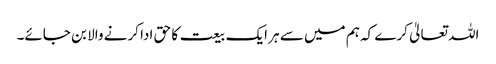
اللہ تعالیٰ کرے کہ ہم میں سے ہر ایک بیعت کا حق ادا کرنے والا بن جائے۔